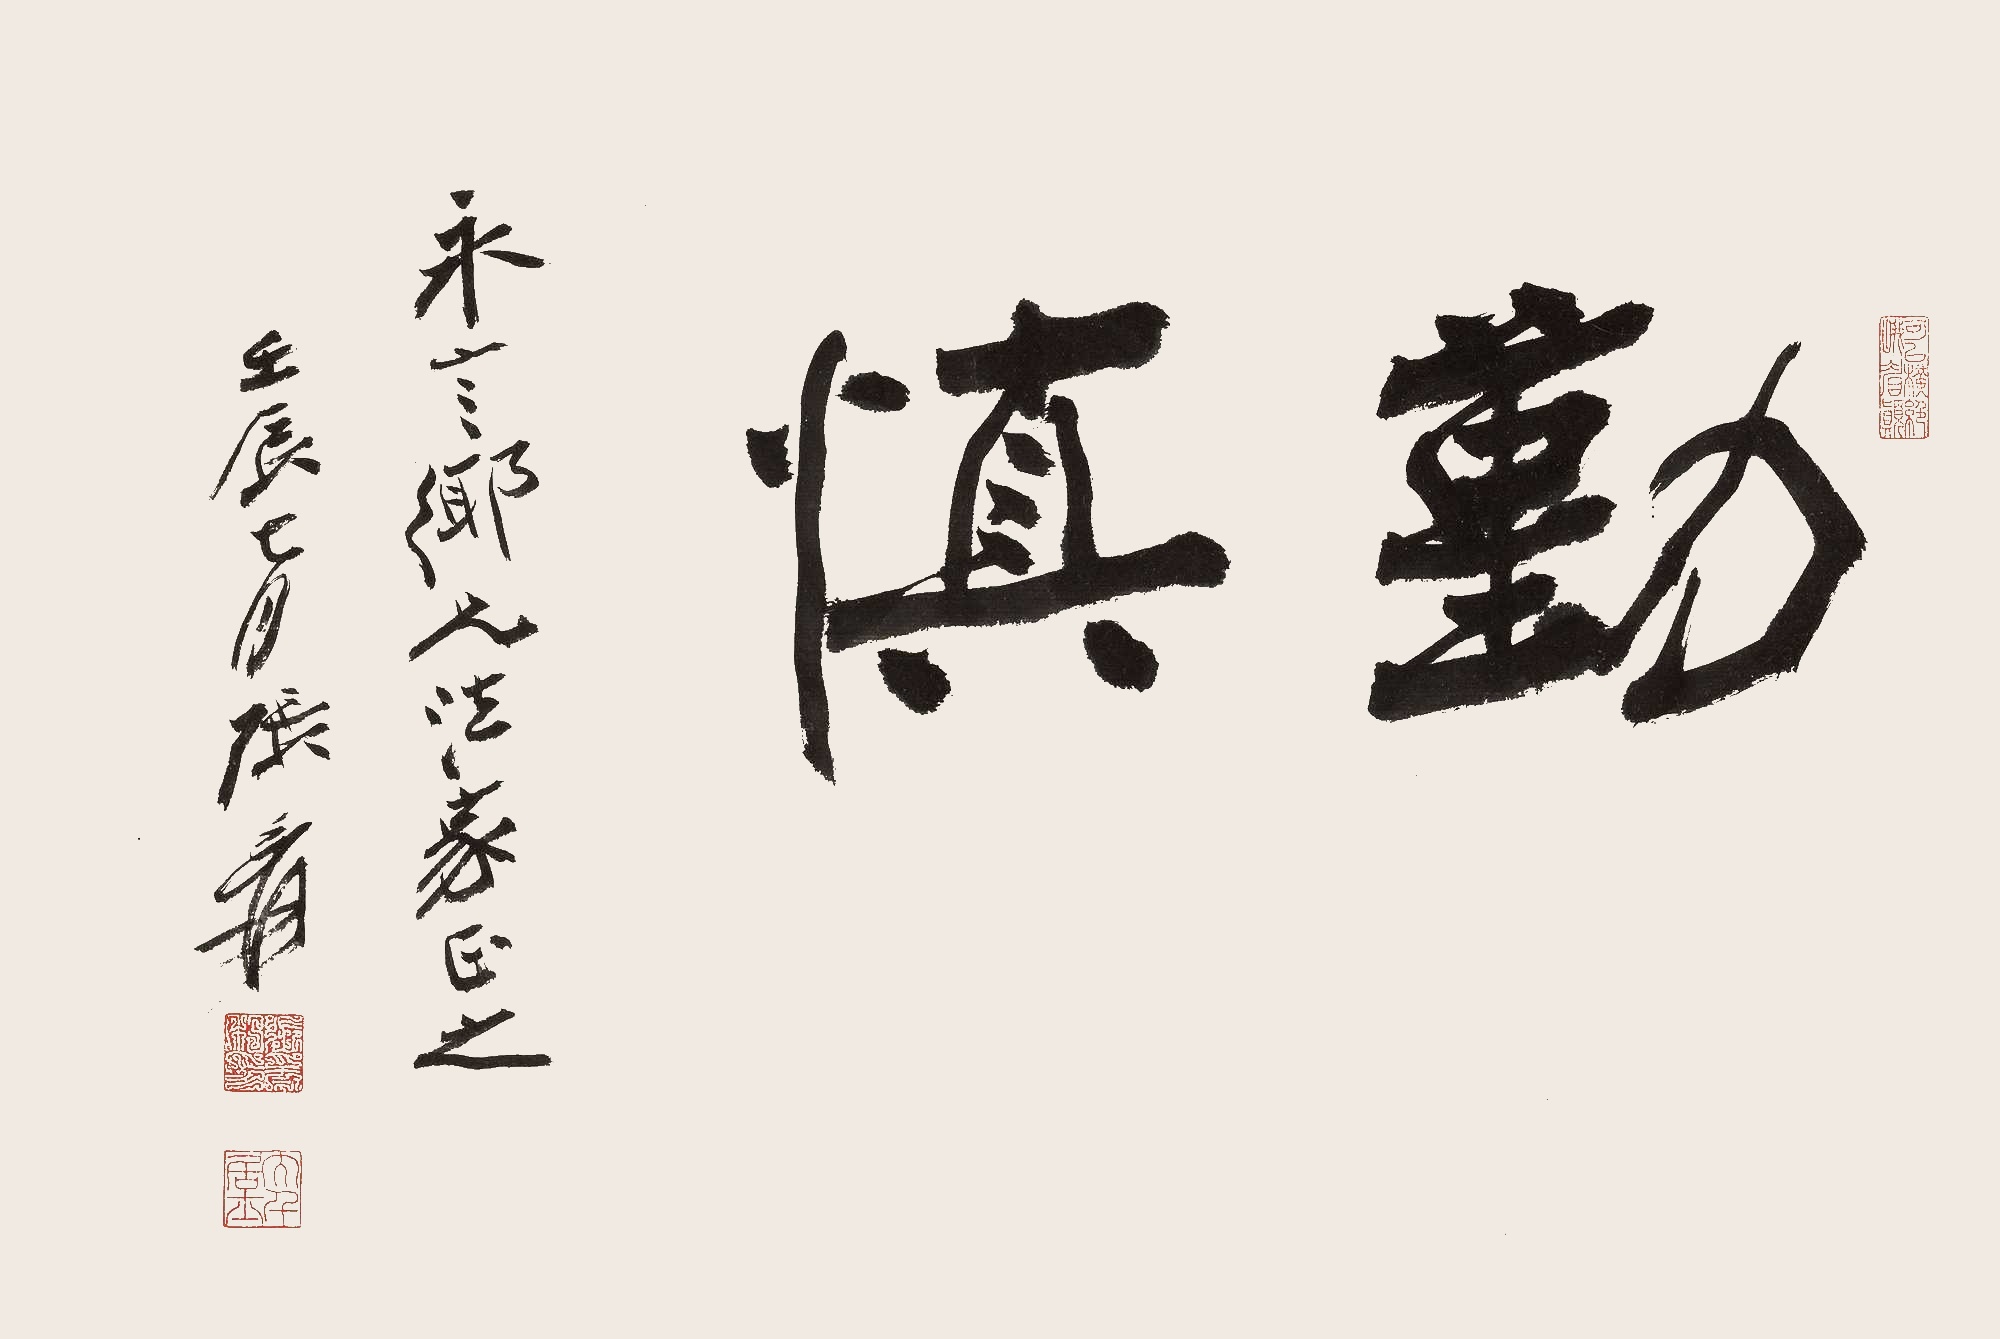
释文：勤慎永言乡兄法家正之。壬辰七月，张爰。